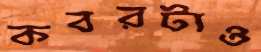
কবরটাও